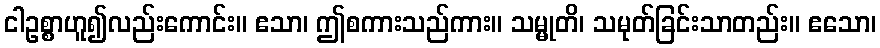
ငါဥစ္စာဟူ၍လည်းကောင်း။ ဧသာ၊ ဤစကားသည်ကား။ သမ္မုတိ၊ သမုတ်ခြင်းသာတည်း။ ဧသော၊